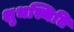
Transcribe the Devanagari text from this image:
शुभस्थिति